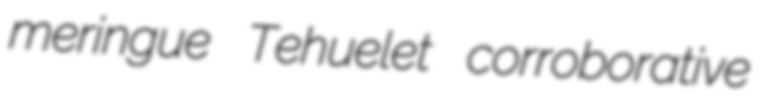
meringue Tehuelet corroborative